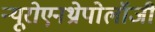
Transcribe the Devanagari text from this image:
न्यूरोएनथ्रोपोलॉजी